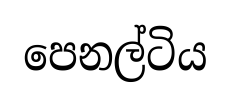
පෙනල්ටිය